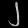
Digit: ၂